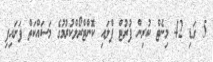
5 ގަޑި 42 މިނެޓް ކުރިން ފުރުޓް ފްލައި ކޮންޓްރޯލްކުރުމުގެ މަސައްކަތް ފަށައިފި